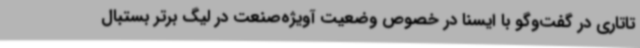
تاتاری در گفت‌وگو با ایسنا در خصوص وضعیت آویژه‌صنعت در لیگ برتر بستبال